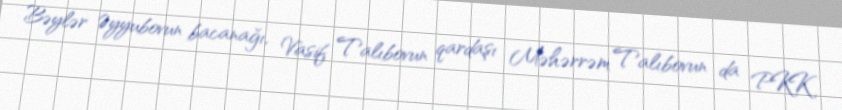
Bəylər Əyyubovun bacanağı, Vasif Talıbovun qardaşı Məhərrəm Talıbovun da PKK